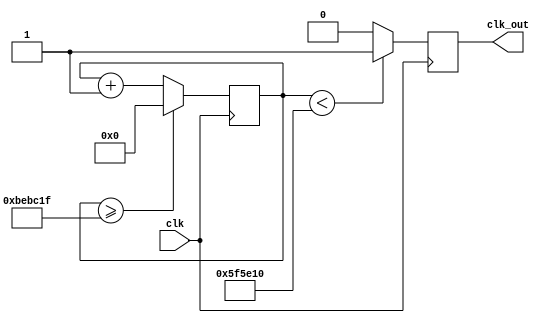
`timescale 1ns / 1ps
//////////////////////////////////////////////////////////////////////////////////
// Company: 
// Engineer: 
// 
// Design Name: 
// Module Name: clock_divider
// Project Name: 
// Target Devices: 
// Tool Versions: 
// Description: 
// 
// Dependencies: 
// 
// Revision:
// Revision 0.01 - File Created
// Additional Comments:
// 
//////////////////////////////////////////////////////////////////////////////////


module clock_divider(
    output reg clk_out,
    input clk
    );
    reg[26:0] counter=27'd0;
    parameter divisor=27'd12500000;
    always@(posedge clk)
    begin
    counter<=counter+27'd1;
    if(counter>=(divisor-1))
    counter<=27'd0;
    clk_out<=(counter<divisor/2)?1:0;
    end
endmodule